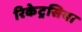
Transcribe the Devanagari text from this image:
रिकेट्रसिया